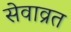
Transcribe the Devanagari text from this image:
सेवाव्रत